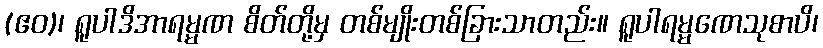
(ဧဝ)၊ ရူပါဒိအာရမ္မဏ စိတ်တို့မှ တစ်မျိုးတစ်ခြားသာတည်း။ ရူပါရမ္မဏေသုစာပိ၊